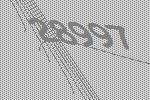
28997